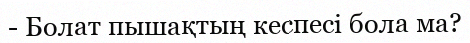
- Болат пышақтың кеспесі бола ма?